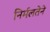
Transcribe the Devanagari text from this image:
निर्मलतेने